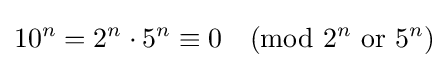
10^{n}=2^{n}\cdot 5^{n}\equiv 0{\pmod {2^{n}{\text{ or }}5^{n}}}